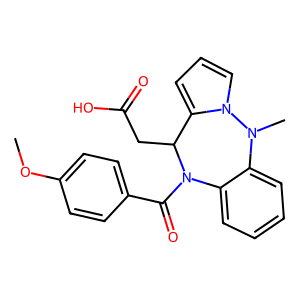
SMILES: COc1ccc(C(=O)N2c3ccccc3N(C)n3cccc3C2CC(=O)O)cc1
Inhibits HIV replication: No